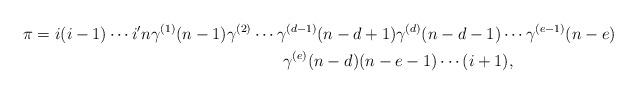
LaTeX: \begin{align*}&\pi=i(i-1)\cdots i'n\gamma^{(1)}(n-1)\gamma^{(2)}\cdots\gamma^{(d-1)}(n-d+1)\gamma^{(d)}(n-d-1)\cdots\gamma^{(e-1)}(n-e)\\&\qquad\qquad\qquad\qquad\qquad\qquad\qquad\qquad\gamma^{(e)}(n-d)(n-e-1)\cdots(i+1),\end{align*}